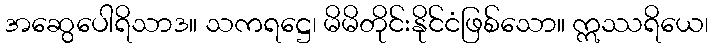
အဆွေပေါရိသာဒ။ သကရဋ္ဌေ၊ မိမိတိုင်းနိုင်ငံဖြစ်သော။ ဣဿရိယေ၊